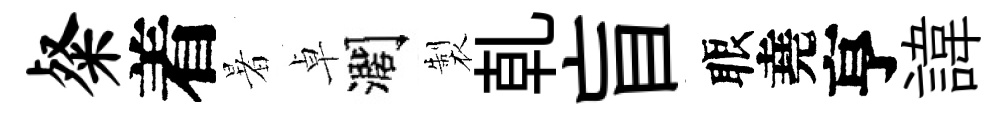
粲着暑卓濶製乹盲眼堯亨諱